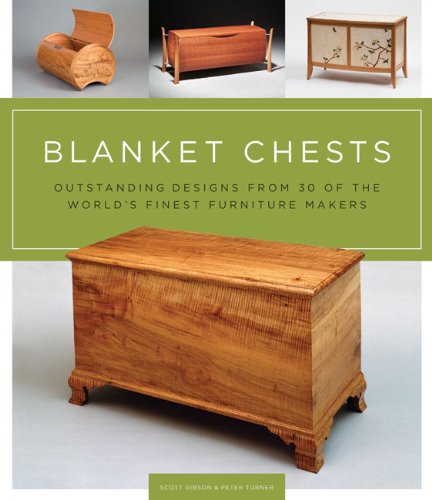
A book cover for Blanket Chests: Outstanding Designs from 30 of the World's Finest Furniture Makers; Peter Turner; Arts & Photography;